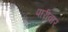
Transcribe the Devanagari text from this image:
पारीवार